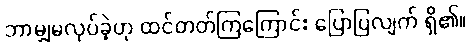
ဘာမျှမလုပ်ခဲ့ဟု ထင်တတ်ကြကြောင်း ပြောပြလျက် ရှိ၏။